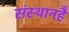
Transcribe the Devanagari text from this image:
संस्थानहै